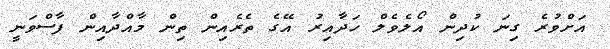
އަށްވުރެ ގިނަ ކުދިން އޯލެވެލް ހަދާއިރު އޭގެ ތެރެއިން ތިން މާއްދާއިން ފާސްވަނީ